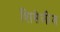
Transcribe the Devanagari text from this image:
शिसेलीज़